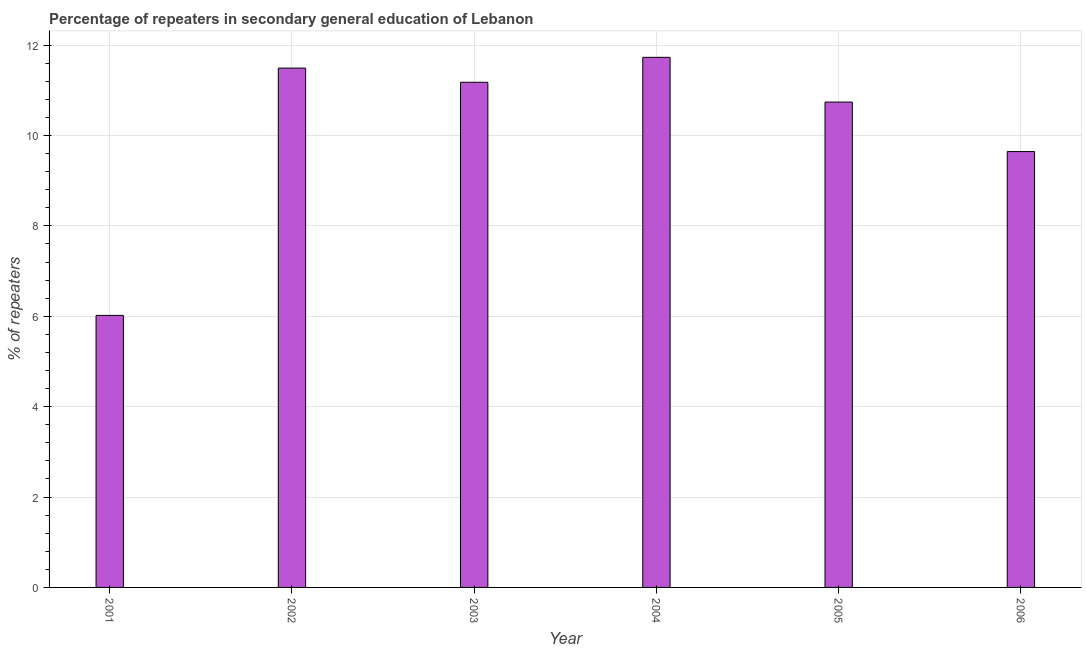
| Year | Percentage of repeaters |
 | --- | --- |
 | 2001 | 6.02 |
 | 2002 | 11.5 |
 | 2003 | 11.2 |
 | 2004 | 11.7 |
 | 2005 | 10.7 |
 | 2006 | 9.64 |